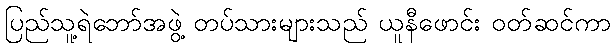
ပြည်သူ့ရဲဘော်အဖွဲ့ တပ်သားများသည် ယူနီဖောင်း ဝတ်ဆင်ကာ